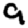
Digit: 9